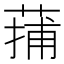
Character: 蒱